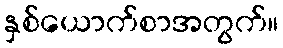
နှစ်ယောက်စာအတွက်။